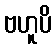
ဗဟူပိ